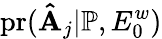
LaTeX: \mathrm{pr}(\mathbf{\hat{A}}_{j}|\mathbb{P},E_{0}^{w})